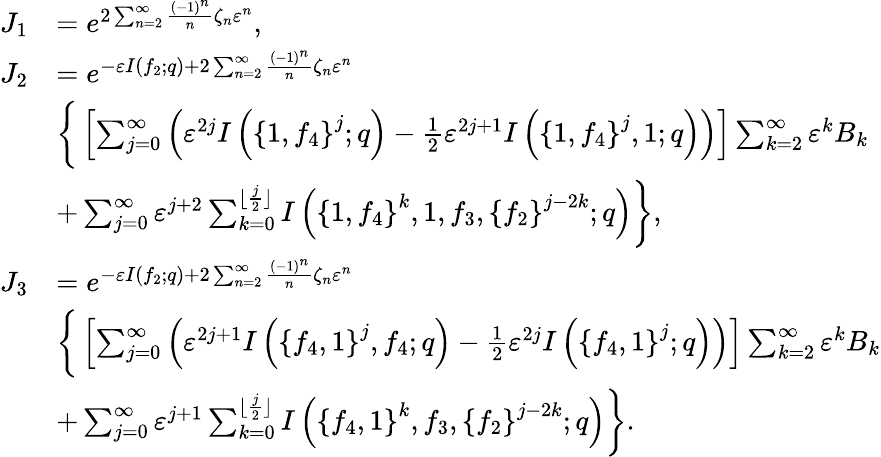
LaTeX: \begin{array}{rl}{J_{1}}&{=e^{2\sum_{n=2}^{\infty}\frac{\left(-1\right)^{n}}{n}\zeta_{n}\varepsilon^{n}},}\\ {J_{2}}&{=e^{-\varepsilon I(f_{2};q)+2\sum_{n=2}^{\infty}\frac{\left(-1\right)^{n}}{n}\zeta_{n}\varepsilon^{n}}}\\ &{\left\{ \vphantom{\sum_{k=0}^{\lfloor\frac{j}{2}\rfloor}}\left[\sum_{j=0}^{\infty}\left(\varepsilon^{2j}I\left(\left\{ 1,f_{4}\right\} ^{j};q\right)-\frac{1}{2}\varepsilon^{2j+1}I\left(\left\{ 1,f_{4}\right\} ^{j},1;q\right)\right)\right]\sum_{k=2}^{\infty}\varepsilon^{k}B_{k}\right.}\\ &{\left.+\sum_{j=0}^{\infty}\varepsilon^{j+2}\sum_{k=0}^{\lfloor\frac{j}{2}\rfloor}I\left(\left\{ 1,f_{4}\right\} ^{k},1,f_{3},\left\{ f_{2}\right\} ^{j-2k};q\right)\right\} ,}\\ {J_{3}}&{=e^{-\varepsilon I(f_{2};q)+2\sum_{n=2}^{\infty}\frac{\left(-1\right)^{n}}{n}\zeta_{n}\varepsilon^{n}}}\\ &{\left\{ \vphantom{\sum_{k=0}^{\lfloor\frac{j}{2}\rfloor}}\left[\sum_{j=0}^{\infty}\left(\varepsilon^{2j+1}I\left(\left\{ f_{4},1\right\} ^{j},f_{4};q\right)-\frac{1}{2}\varepsilon^{2j}I\left(\left\{ f_{4},1\right\} ^{j};q\right)\right)\right]\sum_{k=2}^{\infty}\varepsilon^{k}B_{k}\right.}\\ &{\left.+\sum_{j=0}^{\infty}\varepsilon^{j+1}\sum_{k=0}^{\lfloor\frac{j}{2}\rfloor}I\left(\left\{ f_{4},1\right\} ^{k},f_{3},\left\{ f_{2}\right\} ^{j-2k};q\right)\right\} .}\end{array}